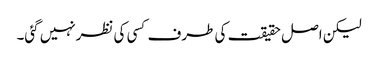
لیکن اصل حقیقت کی طرف کسی کی نظرنہیں گئی۔